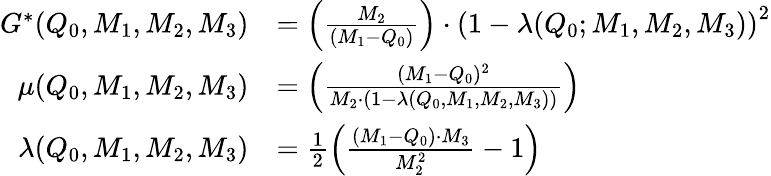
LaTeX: \begin{array}{rl}{G^{*}(Q_{0},M_{1},M_{2},M_{3})}&{=\left(\frac{M_{2}}{(M_{1}-Q_{0})}\right)\cdot\left(1-\lambda(Q_{0};M_{1},M_{2},M_{3})\right)^{2}}\\ {\mu(Q_{0},M_{1},M_{2},M_{3})}&{=\left(\frac{(M_{1}-Q_{0})^{2}}{M_{2}\cdot(1-\lambda(Q_{0},M_{1},M_{2},M_{3}))}\right)}\\ {\lambda(Q_{0},M_{1},M_{2},M_{3})}&{=\frac{1}{2}\left(\frac{(M_{1}-Q_{0})\cdot M_{3}}{M_{2}^{2}}-1\right)}\end{array}